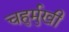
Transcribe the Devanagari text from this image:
चहुर्मुखी